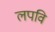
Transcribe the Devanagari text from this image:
लपवि